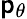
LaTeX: \mathsf{p}_{\theta}